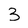
Character: 3